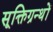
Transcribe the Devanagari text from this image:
सूक्तिग्रन्थों